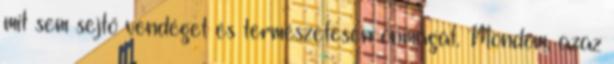
mit sem sejtő vendéget és természetesen önmagát. Mondom, azaz